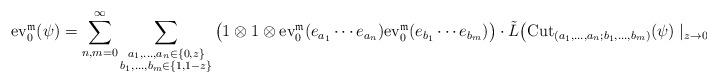
LaTeX: \begin{align*}{\rm ev}_{0}^{\mathfrak{m}}(\psi) & =\sum_{n,m=0}^{\infty}\sum_{\substack{a_{1},\dots,a_{n}\in\{0,z\}\\b_{1},\dots,b_{m}\in\{1,1-z\}}}\big(1\otimes1\otimes{\rm ev}_{0}^{\mathfrak{m}}(e_{a_{1}}\cdots e_{a_{n}}){\rm ev}_{0}^{\mathfrak{m}}(e_{b_{1}}\cdots e_{b_{m}})\big)\cdot\tilde{L}\big({\rm Cut}_{(a_{1},\dots,a_{n};b_{1},\dots,b_{m})}(\psi)\mid_{z\to0}\big)\end{align*}